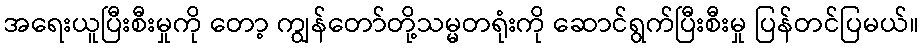
အရေးယူပြီးစီးမှုကို တော့ ကျွန်တော်တို့သမ္မတရုံးကို ဆောင်ရွက်ပြီးစီးမှု ပြန်တင်ပြမယ်။